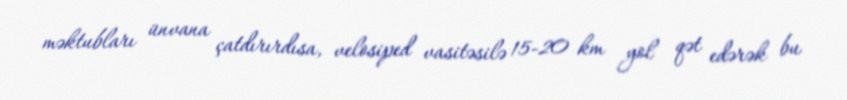
məktubları ünvana çatdırırdısa, velosiped vasitəsilə 15-20 km yol qət edərək bu